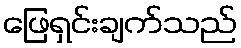
ဖြေရှင်းချက်သည်